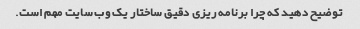
توضیح دهید که چرا برنامه ریزی دقیق ساختار یک وب سایت مهم است.